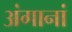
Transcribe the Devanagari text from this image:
अंगानां